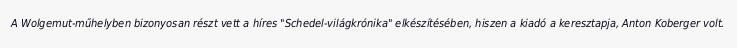
A Wolgemut-műhelyben bizonyosan részt vett a híres "Schedel-világkrónika" elkészítésében, hiszen a kiadó a keresztapja, Anton Koberger volt.